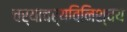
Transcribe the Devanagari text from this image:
चर्याचर्यविनिश्चय